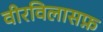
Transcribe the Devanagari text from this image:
वीरविलासफ़